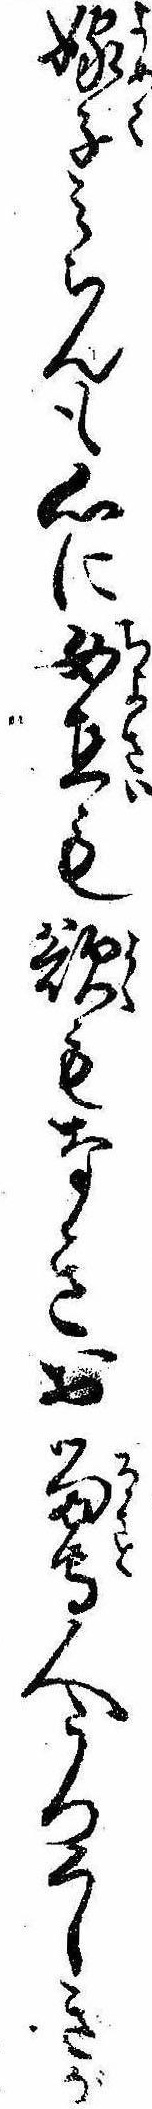
嫁子みちんも心に女在も欲もなきお留守人うつくしきが